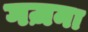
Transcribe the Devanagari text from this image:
गज़ना